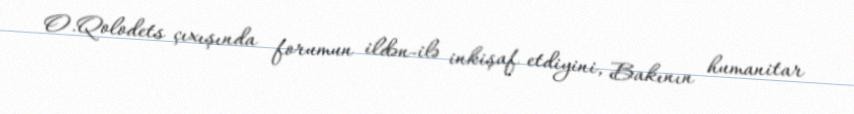
O.Qolodets çıxışında forumun ildən-ilə inkişaf etdiyini, Bakının humanitar